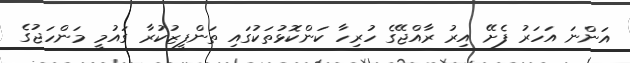
އަންނަ އަހަރު ފެށޭ އިރު ރާއްޖޭގެ ހުރިހާ ކަންކޮޅުތަކުގައި ތަންފީޒުކުރާ ގައުމީ މަންހަޖުގެ